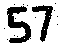
57